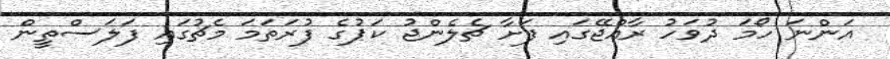
އަންނަ ހޯމަ ދުވަހު ރާއްޖޭގައި ފަށާ ޗެލެންޖު ކަޕުގެ ފުރަތަމަ މެޗުގައި ފަލަސްތީން